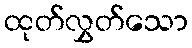
ထုတ်လွှတ်သော